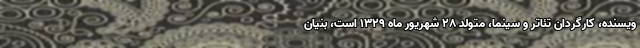
ویسنده، کارگردان تئاتر و سینما، متولد ۲۸ شهریور ماه ۱۳۲۹ است، بنیان